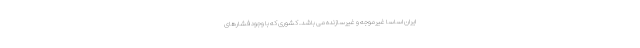
ایران اساسا غیرموجه و غیرسازنده می باشد. کشوری که با وجود فشارهای